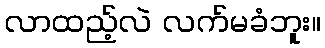
လာထည့်လဲ လက်မခံဘူး။